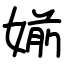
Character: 媊